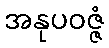
အနုပဝဇ္ဇံ